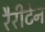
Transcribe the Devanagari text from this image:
रैरीटेन